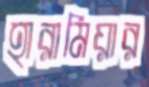
হারামিয়ার